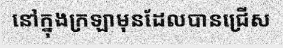
នៅក្នុងក្រឡាមុនដែលបានជ្រើស